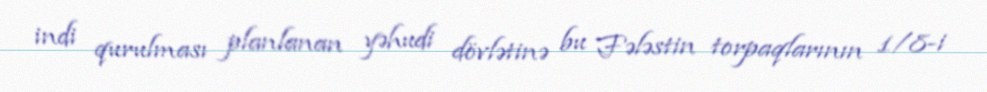
indi qurulması planlanan yəhudi dövlətinə bu Fələstin torpaqlarının 1/8-i